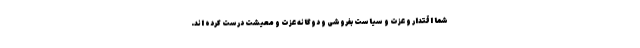
شما اقتدار و عزت و سیاست بفروشی و دوگانه عزت و معیشت درست کرده اند.